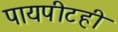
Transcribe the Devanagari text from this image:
पायपीटही